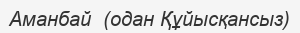
Аманбай  (одан Құйысқансыз)